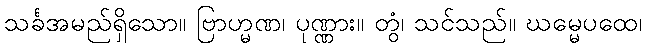
သင်္ခအမည်ရှိသော။ ဗြာဟ္မဏ၊ ပုဏ္ဏား။ တွံ၊ သင်သည်။ ဃမ္မေပထေ၊